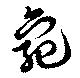
龜